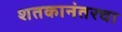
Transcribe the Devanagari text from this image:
शतकानंतरचा